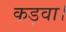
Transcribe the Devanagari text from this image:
कड़वा।